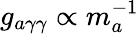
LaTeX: g_{a\gamma\gamma}\propto m_{a}^{-1}